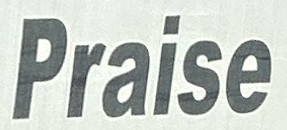
Praise